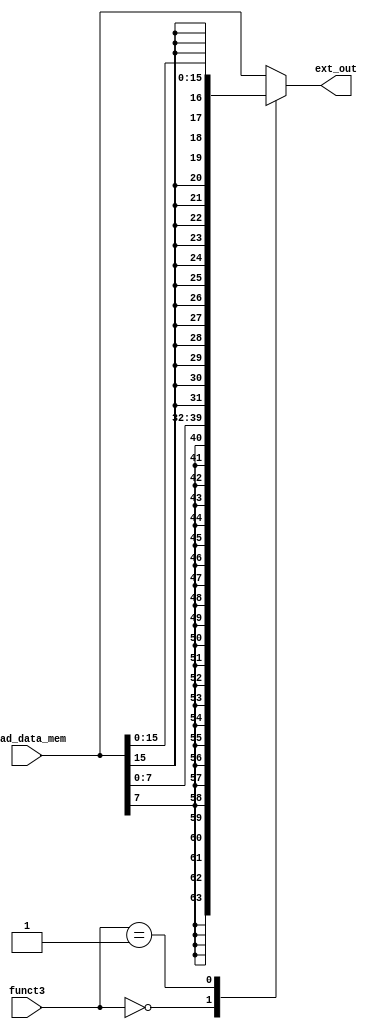
module sgn_zero_extend(
    input  [31:0] read_data_mem,
    input  [ 2:0] funct3,
    output reg [31:0] ext_out
);

always @(*) begin
    case(funct3)
        // lb
        2'b000: ext_out = {{24{read_data_mem[7]}}, read_data_mem[7:0]};
        // lh
        2'b001: ext_out = {{16{read_data_mem[15]}}, read_data_mem[15:0]};
        // lbu
        2'b100: ext_out = {24'b0, read_data_mem[7:0]};
        // lhu
        2'b101: ext_out = {16'b0, read_data_mem[15:0]};
        // lw
        2'b010: ext_out = read_data_mem;
        default: ext_out = read_data_mem; // undefined
    endcase
end

endmodule